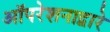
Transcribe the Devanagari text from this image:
ऑपरेशनाद्वारे